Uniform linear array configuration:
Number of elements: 16
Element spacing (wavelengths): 0.75
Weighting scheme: hann
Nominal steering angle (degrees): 15
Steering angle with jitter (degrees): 13.082
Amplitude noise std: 0.05
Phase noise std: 0.05

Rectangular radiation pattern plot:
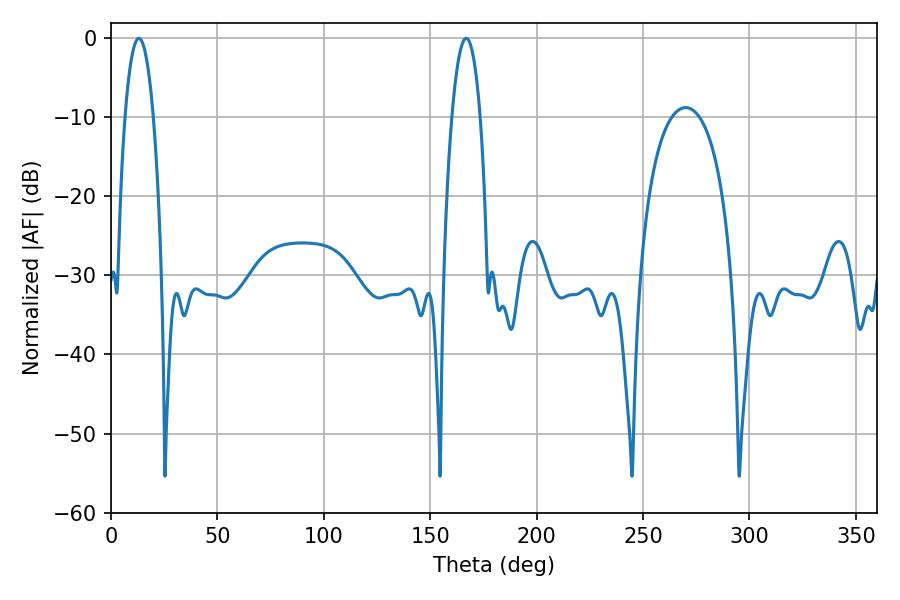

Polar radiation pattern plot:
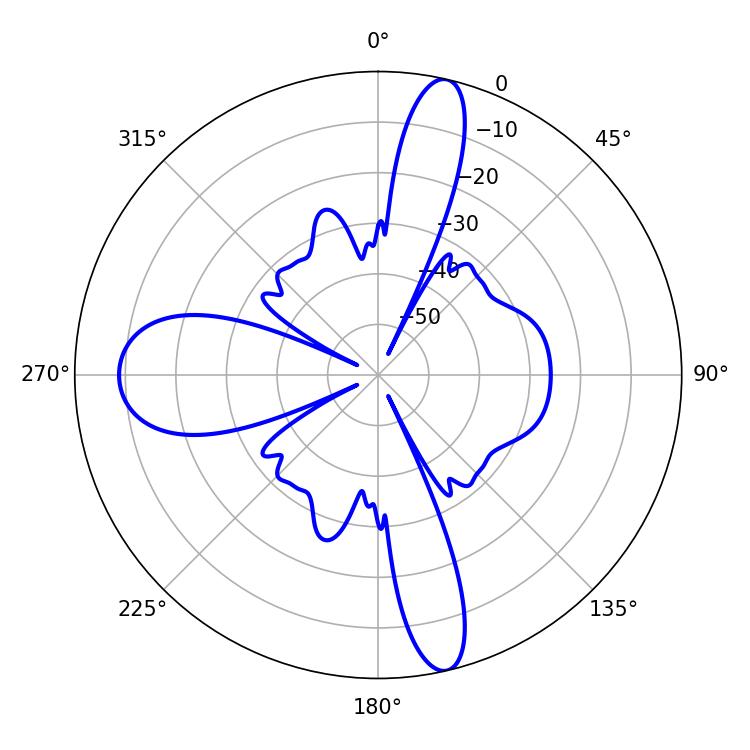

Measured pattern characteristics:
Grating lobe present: TRUE
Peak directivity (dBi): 20.454
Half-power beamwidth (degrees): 7.56
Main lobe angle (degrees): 13.14